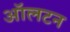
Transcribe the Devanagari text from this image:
ऑलटन